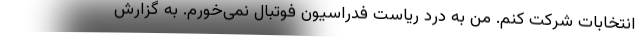
انتخابات شرکت کنم. من به درد ریاست فدراسیون فوتبال نمی‌خورم. به گزارش